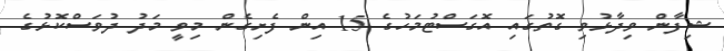
ޝިފާން ވިދާޅުވި ގޮތުގައި އޮގަސްޓުމަހުގެ 15 އިން ފެށިގެން މިވީ މަދު ދުވަސްކޮޅުގެ